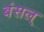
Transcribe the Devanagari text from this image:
बंसल्